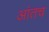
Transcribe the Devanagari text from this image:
आंतच